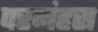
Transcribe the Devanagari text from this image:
परमंहस